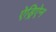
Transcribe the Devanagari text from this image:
ऐड्रिऐन